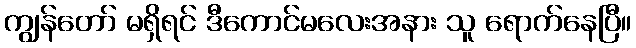
ကျွန်တော် မရှိရင် ဒီကောင်မလေးအနား သူ ရောက်နေပြီ။